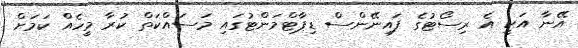
އޭނާ އަކީ އެ ރިސޯޓުގެ ފައިނޭންސް ޑިޕާޓްމަންޓުގައި މަސައްކަތް ކުރާ މީހެއް ކަމަށް